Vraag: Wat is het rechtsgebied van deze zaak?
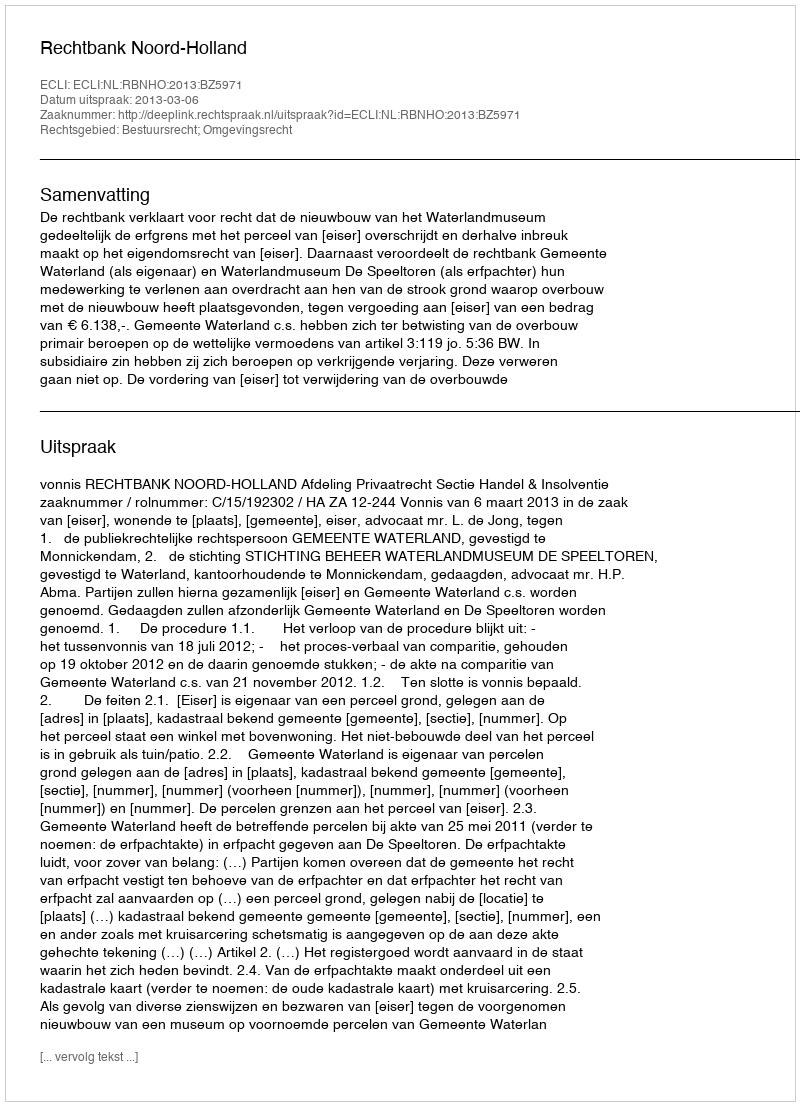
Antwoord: Bestuursrecht; Omgevingsrecht